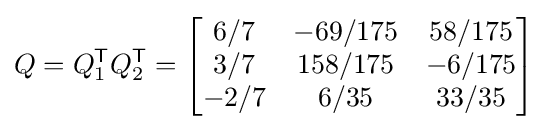
Q=Q_{1}^{\textsf {T}}Q_{2}^{\textsf {T}}={\begin{bmatrix}6/7&-69/175&58/175\\3/7&158/175&-6/175\\-2/7&6/35&33/35\end{bmatrix}}